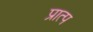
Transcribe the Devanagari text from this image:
प्रात्प